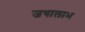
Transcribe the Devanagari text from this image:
जथालाभ